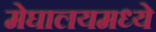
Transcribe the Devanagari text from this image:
मेघालयमध्ये